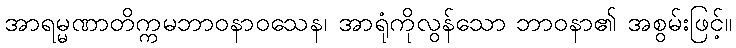
အာရမ္မဏာတိက္ကမဘာဝနာဝသေန၊ အာရုံကိုလွန်သော ဘာဝနာ၏ အစွမ်းဖြင့်။